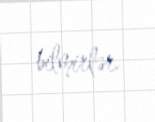
bilmirlər.